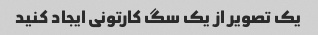
یک تصویر از یک سگ کارتونی ایجاد کنید